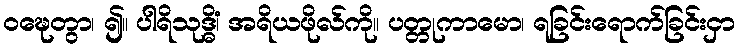
ဝဍ္ဎေတွာ၊ ၍။ ပါရိသုဒ္ဓိံ၊ အရိယဖိုလ်ကို။ ပတ္တုကာမော၊ ရခြင်းရောက်ခြင်းငှာ